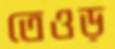
তেওড়